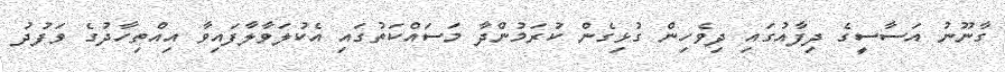
ގާނޫނު އަސާސީގެ ދިފާއުގައި ދިވެހިން ގުޅިގެން ކުރަމުންދާ މަސައްކަތުގައި އެކުލަވާލާފައިވާ އިއްތިހާދުގެ ވަފުދު